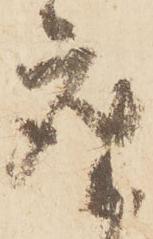
座